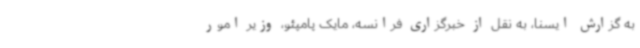
به گزارش ایسنا، به نقل از خبرگزاری فرانسه، مایک پامپئو، وزیر امور